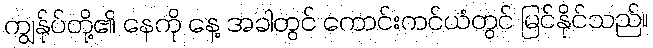
ကျွန်ုပ်တို့၏ နေကို နေ့ အခါတွင် ကောင်းကင်ယံတွင် မြင်နိုင်သည်။